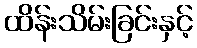
ထိန်းသိမ်းခြင်းနှင့်